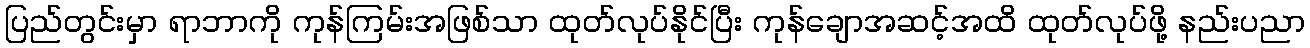
ပြည်တွင်းမှာ ရာဘာကို ကုန်ကြမ်းအဖြစ်သာ ထုတ်လုပ်နိုင်ပြီး ကုန်ချောအဆင့်အထိ ထုတ်လုပ်ဖို့ နည်းပညာ